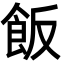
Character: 飯